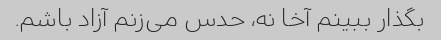
بگذار ببینم آخا نه، حدس می‌زنم آزاد باشم.